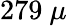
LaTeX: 279\ \mu